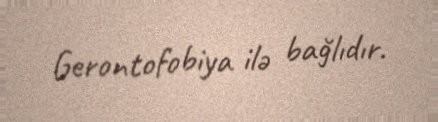
Gerontofobiya ilə bağlıdır.